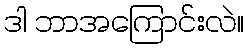
ဒါ ဘာအကြောင်းလဲ။